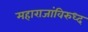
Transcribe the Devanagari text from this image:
महाराजांविरुध्द